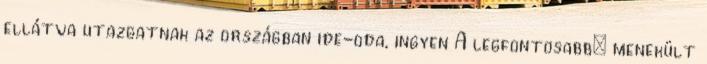
ellátva utazgatnak az országban ide-oda, ingyen A legfontosabb: menekült